Leningradi_Edasi_toimetus, lk 33
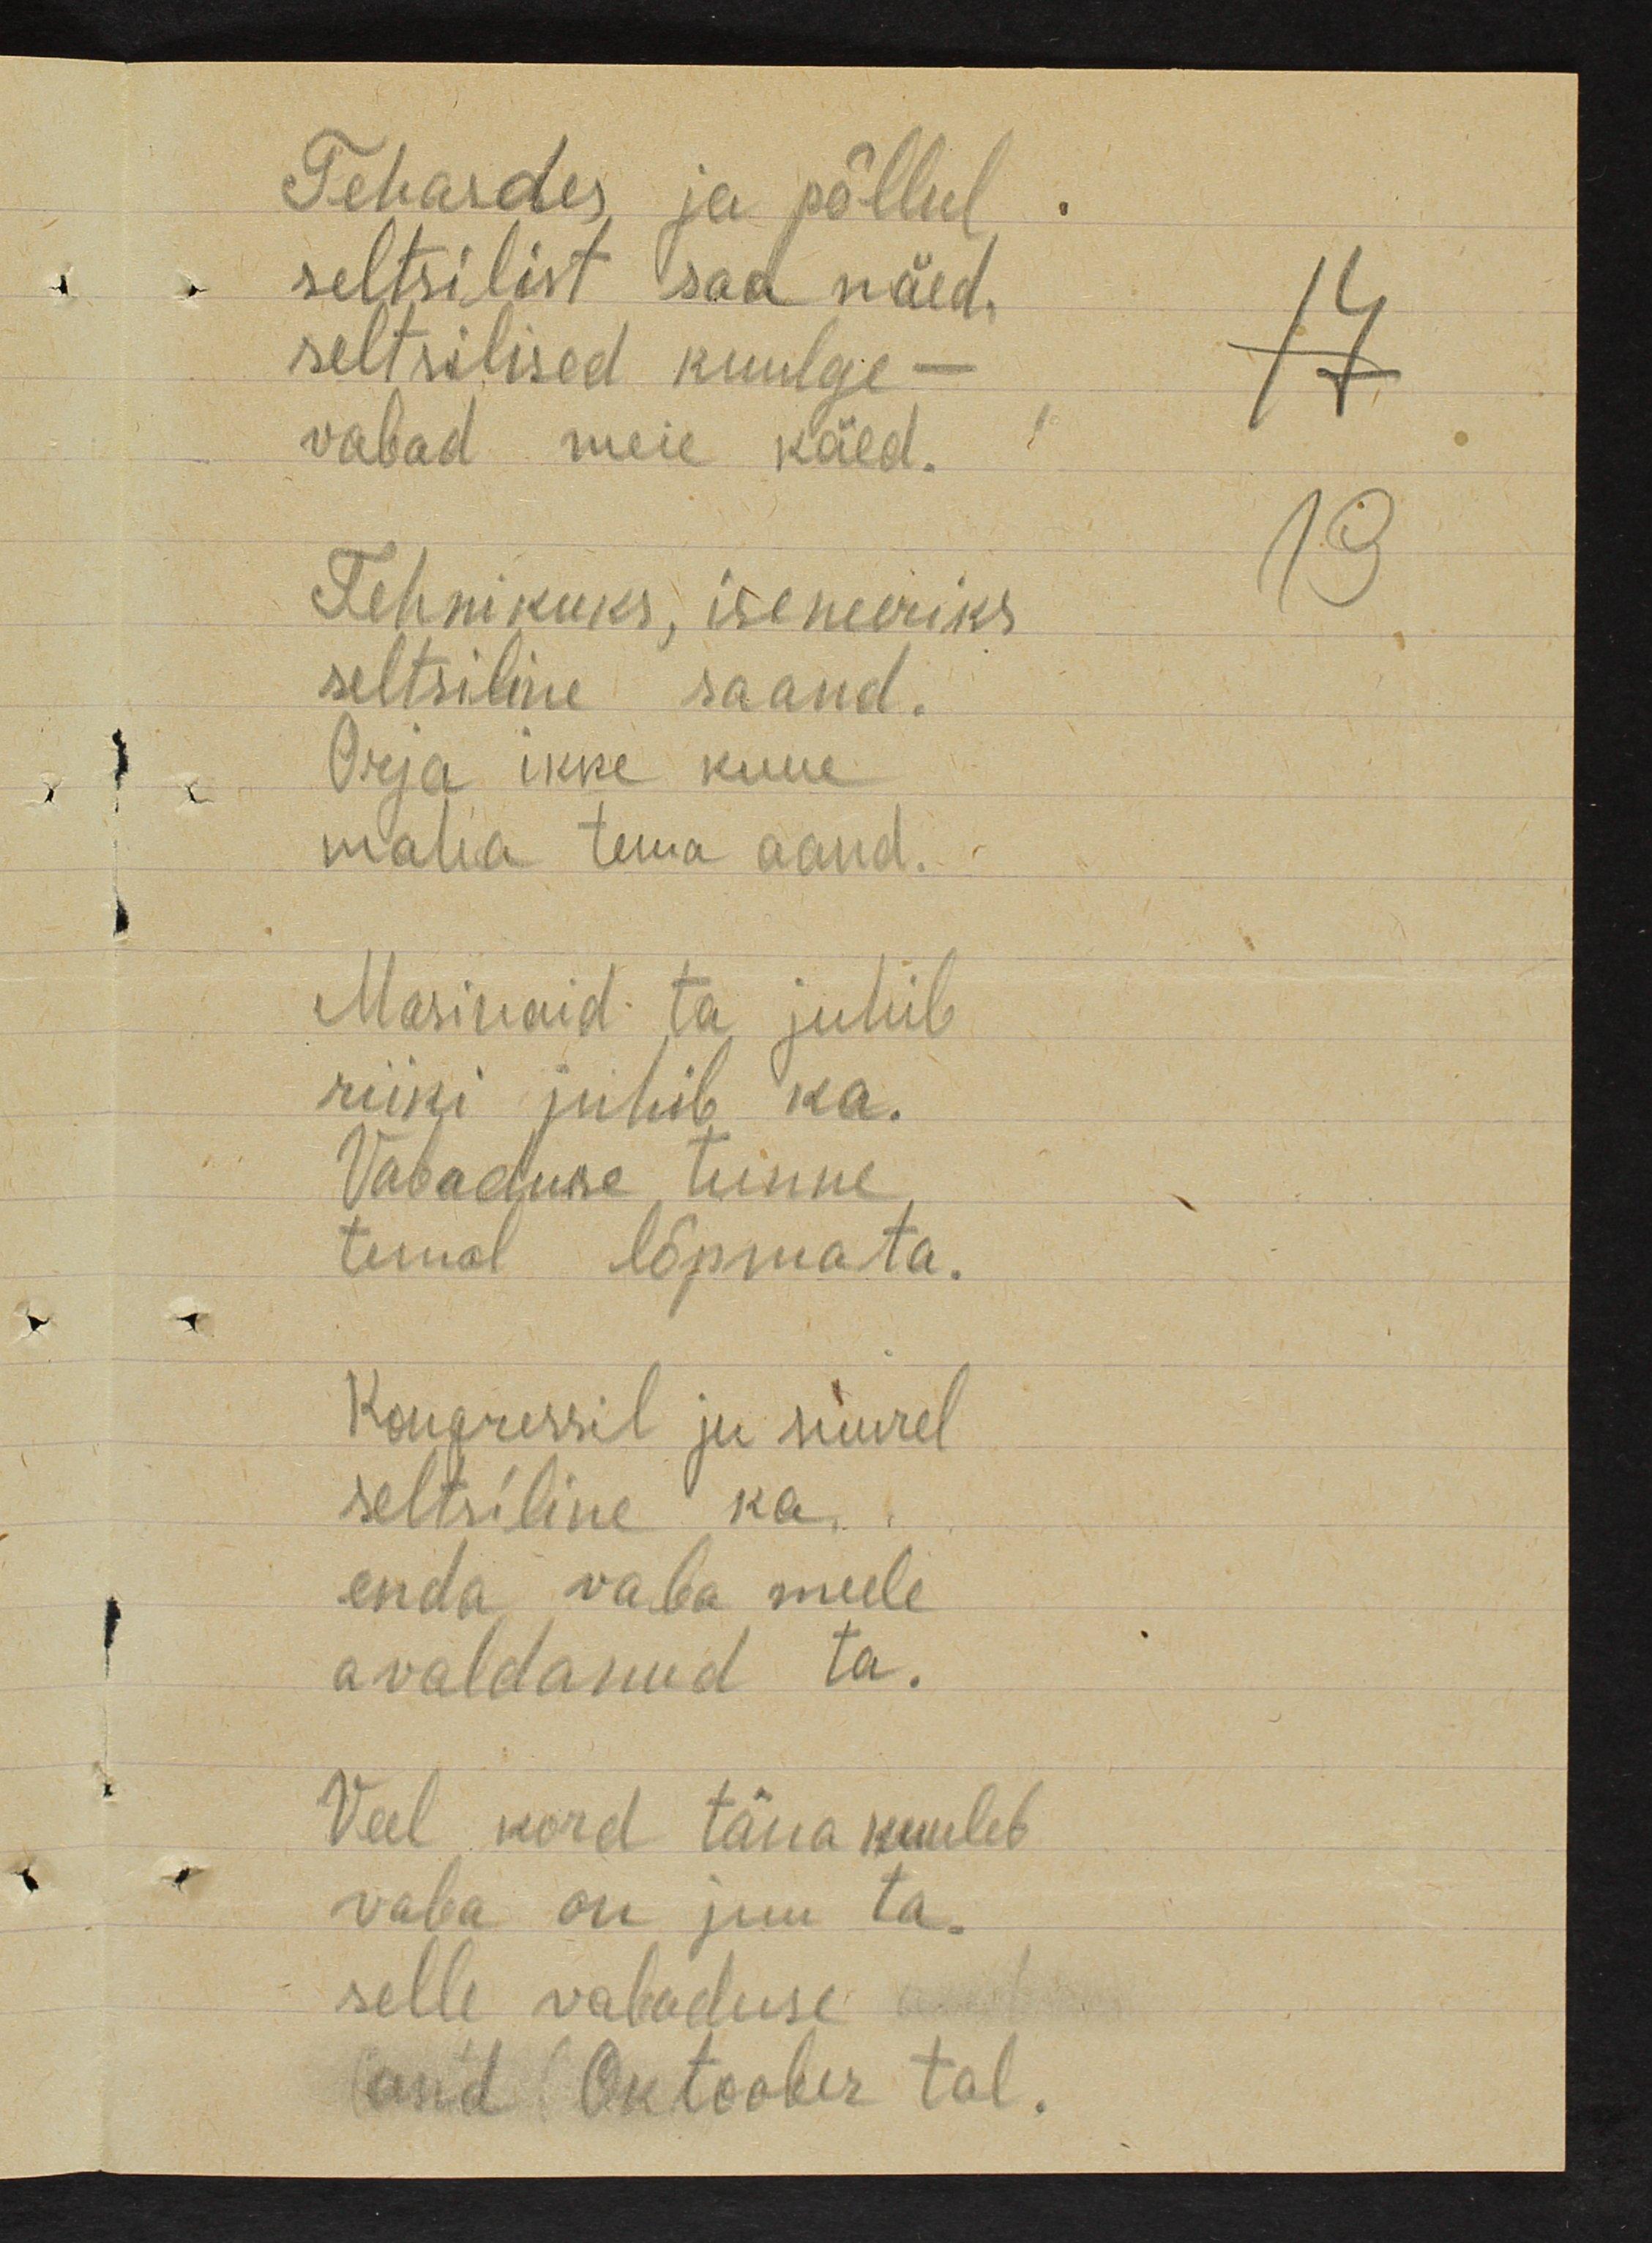
Tehasdes  ja põllul
seltsilist sad nüüd
seltsilised kuulge - 
vabad meie käed.
Tehnikuks, iseneeriks
seltsiline saand.
Orja ikke kuue
maha tema aand.
Masinaid ta juhib
riiki juhib ka.
Vabause tunne
temal lõpetamata.
Kongressil ju suurel
seltsiline ka
enda vaba meele
avaldanud ta.
Veel kord täna kuuleb
vaba on juu ta.
selle vabaduse
and Oktoober tal

19